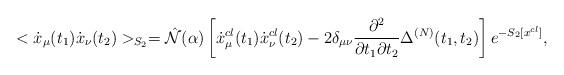
LaTeX: \begin{align*}<\dot{x}_\mu(t_1)\dot{x}_\nu(t_2)>_{S_2}=\hat{{\cal N}}(\alpha)\left[\dot{x}_\mu^{cl}(t_1)\dot{x}_\nu^{cl}(t_2)-2\delta_{\mu\nu}\frac{\partial^2}{\partial t_1\partial t_2}\Delta^{(N)}(t_1,t_2)\right]e^{-S_2[x^{cl}]},\end{align*}